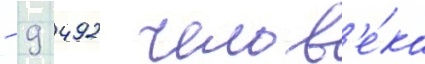
- 9 492 челов'е́ка